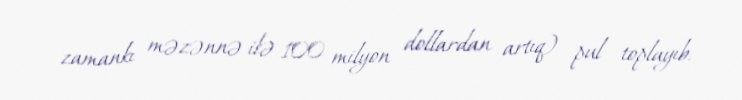
zamankı məzənnə ilə 100 milyon dollardan artıq) pul toplayıb.